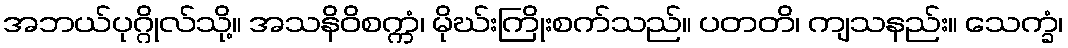
အဘယ်ပုဂ္ဂိုလ်သို့။ အသနိဝိစက္ကံ၊ မိုဃ်းကြိုးစက်သည်။ ပတတိ၊ ကျသနည်း။ သေက္ခံ၊